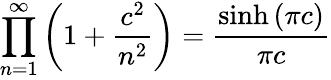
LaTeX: \prod_{n=1}^{\infty}\left(1+\frac{c^{2}}{n^{2}}\right)=\frac{\sinh\left(\pi c\right)}{\pi c}